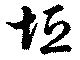
垣